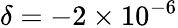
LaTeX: \delta=-2\times 10^{-6}